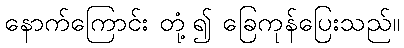
နောက်ကြောင်း တုံ့၍ ခြေကုန်ပြေးသည်။